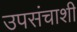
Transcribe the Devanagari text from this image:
उपसंचाशी